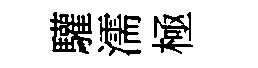
驩濡極